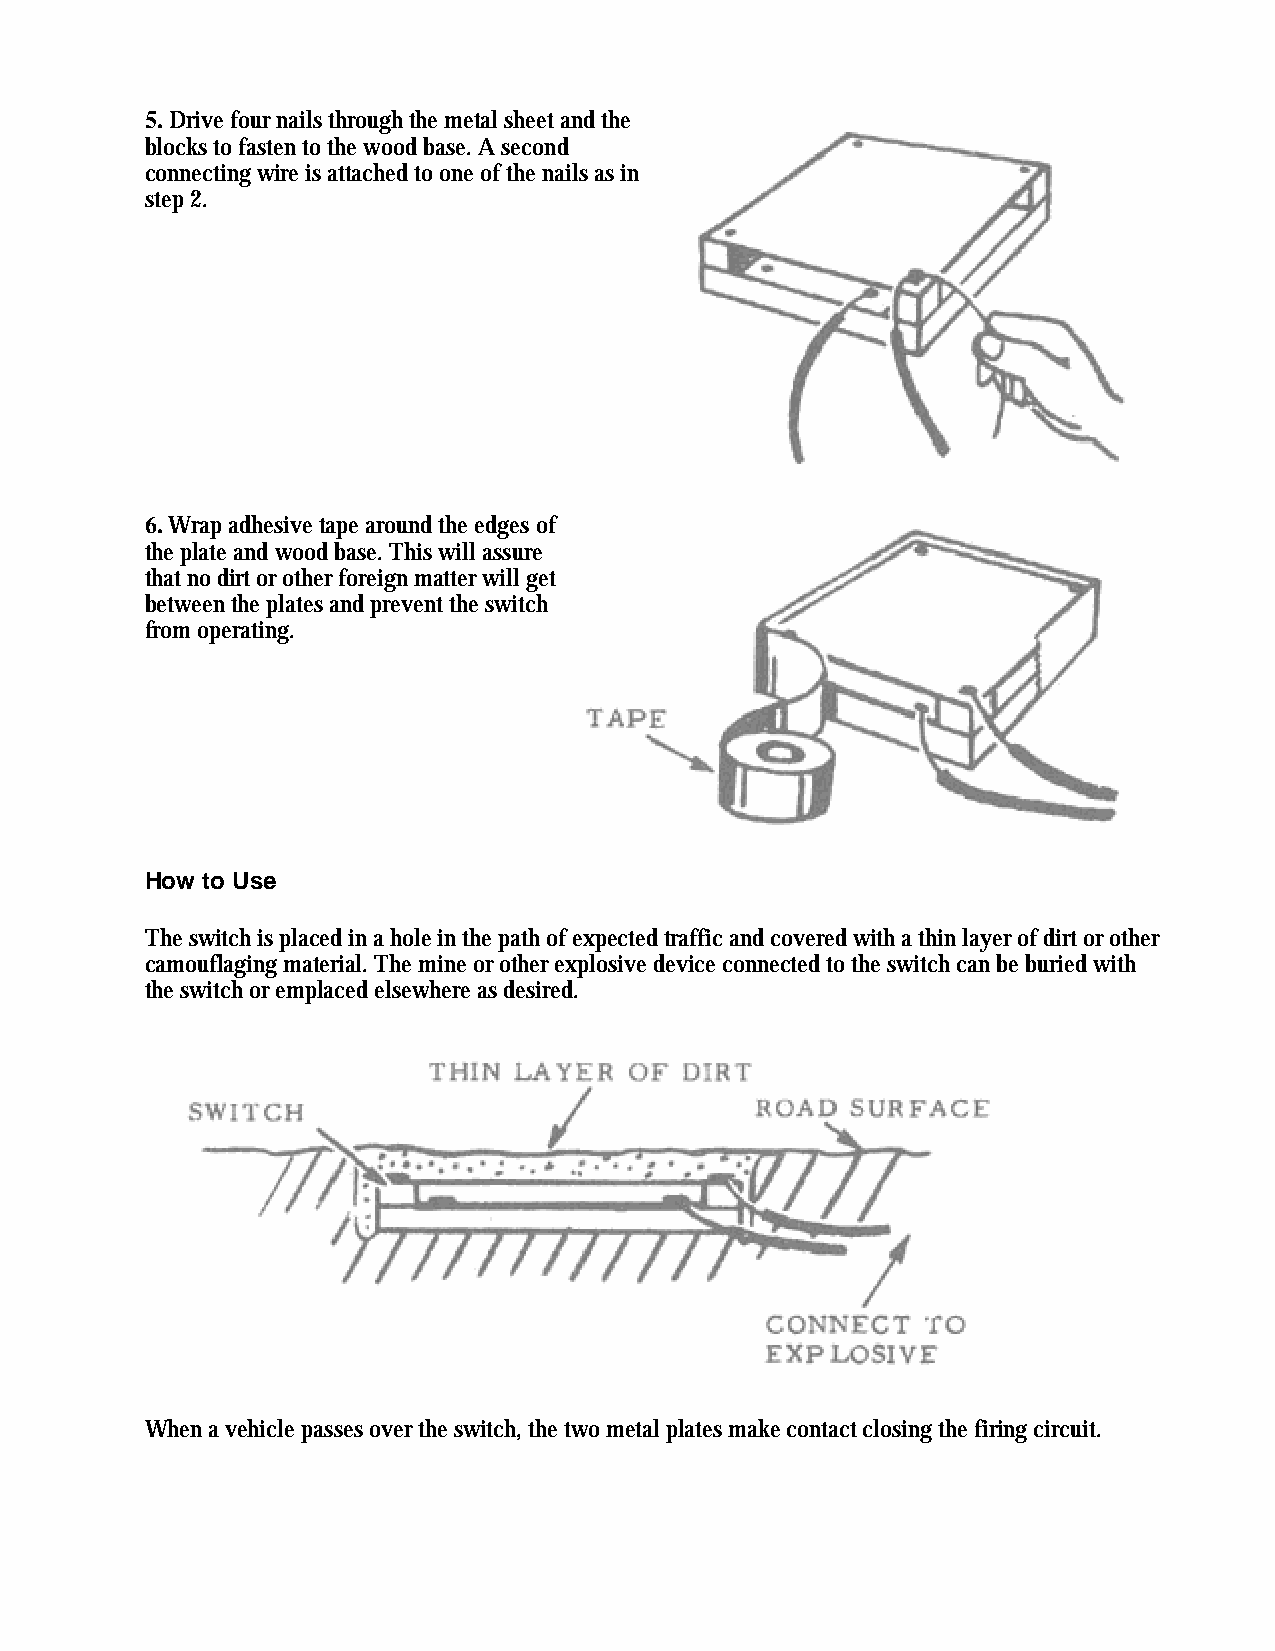
5. Drive four nails through the metal sheet and the
 blocks to fasten to the wood base. A second
 connecting wire is attached to one of the nails as in
 step 2.
 6. Wrap adhesive tape around the edges of
 the plate and wood base. This will assure
 that no dirt or other foreign matter will get
 between the plates and prevent the switch
 from operating.
 How to Use
 The switch is placed in a hole in the path of expected traffic and covered with a thin layer of dirt or other
 camouflaging material. The mine or other explosive device connected to the switch can be buried with
 the switch or emplaced elsewhere as desired.
 When a vehicle passes over the switch, the two metal plates make contact closing the firing circuit.